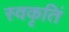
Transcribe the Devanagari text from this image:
स्वकृतिं